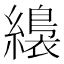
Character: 𦆚